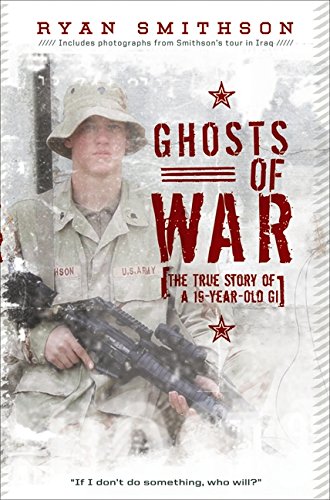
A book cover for Ghosts of War: The True Story of a 19-Year-Old GI; Ryan Smithson; Teen & Young Adult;